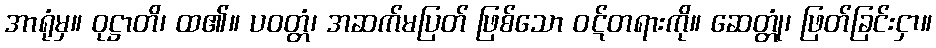
အာရုံမှ။ ဝုဋ္ဌာတိ၊ ထ၏။ ပဝတ္တံ၊ အဆက်မပြတ် ဖြစ်သော ဝဋ်တရားကို။ ဆေတ္တုံ၊ ဖြတ်ခြင်းငှာ။